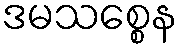
ဒမသစ္စေန